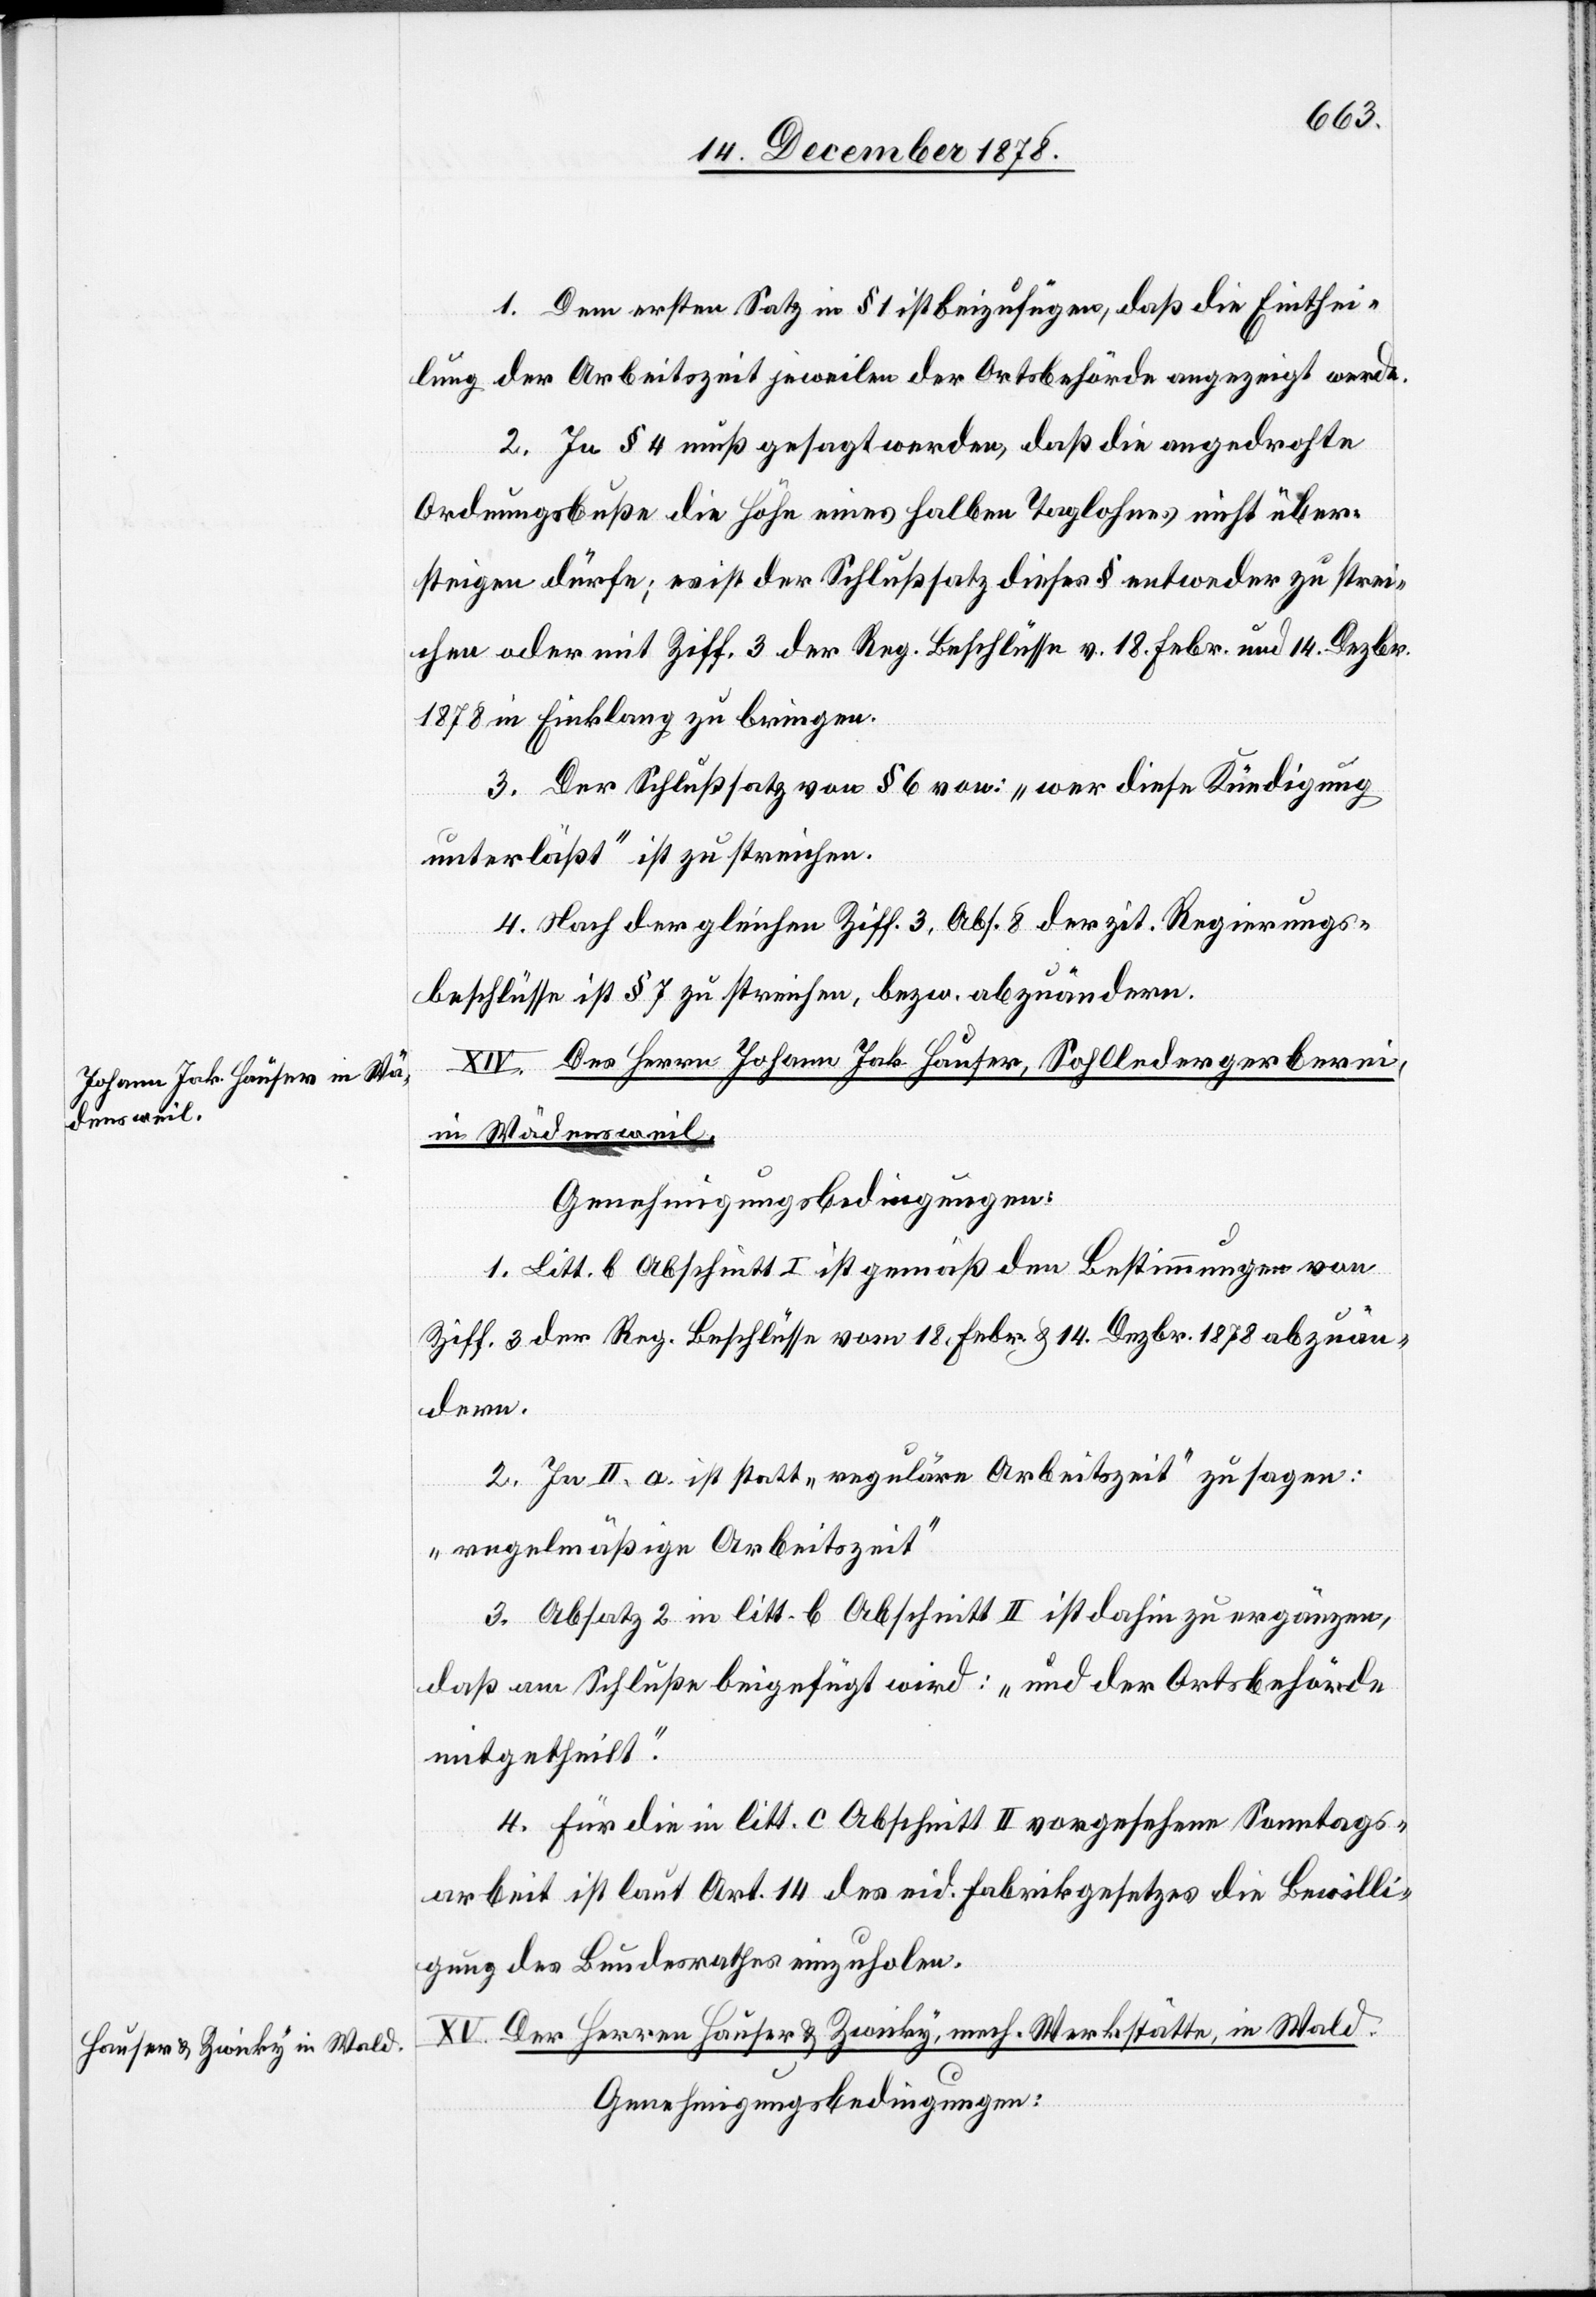
1. Dem ersten Satz in § 1 ist beizufügen, daß die Einthei¬
lung der Arbeitszeit jeweilen der Ortsbehörde angezeigt werde.
2. In § 4 muß gesagt werden, daß die angedrohte
Ordnungsbuße die Höhe eines halben Taglohnes nicht über¬
steigen dürfe; es ist der Schlußsatz dieses § entweder zu strei¬
chen oder mit Ziff. 3 der Reg. Beschlüsse v. 18. Febr. und 14. Dezbr.
1878 in Einklang zu bringen.
3. Der Schlußsatz von § 6 von: „wer diese Kündigung
unterlässt“ ist zu streichen.
4. Nach der gleichen Ziff. 3, Abs. 8 der zit. Regierungs¬
beschlüsse ist § 7 zu streichen, bezw. abzuändern.
XIV. Des Herrn Johann Jak. Hauser, Sohlledergerberei,
in Wädensweil.
Genehmigungsbedingungen:
1. Litt. b Abschnitt I ist gemäß den Bestimmungen von
Ziff. 3 der Reg. Beschlüsse vom 18. Febr. & 14. Dezbr. 1878 abzuän¬
dern.
2. In II. a. ist statt „reguläre Arbeitszeit“ zu sagen:
„regelmäßige Arbeitszeit“.
3. Absatz 2 in litt. b Abschnitt II ist dahin zu ergänzen,
daß am Schluße beigefügt wird: „und der Ortsbehörde
mitgetheilt.“
4. Für die in litt. c Abschnitt II vorgesehene Sonntags¬
arbeit ist laut Art. 14 des eid. Fabrikgesetzes die Bewilli¬
gung des Bundesrathes einzuholen.
XV. Der Herren Hauser & Zwicky, mech. Werkstätte, in Wald.
Genehmigungsbedingungen: